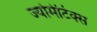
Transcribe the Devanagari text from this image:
ज्योमेटिक्स